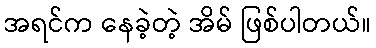
အရင်က နေခဲ့တဲ့ အိမ် ဖြစ်ပါတယ်။